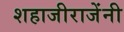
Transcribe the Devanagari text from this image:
शहाजीराजेंनी